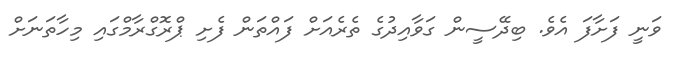
ވަނީ ފަށާފަ އެވެ. ބިދޭސީން ގަވާއިދުގެ ތެރެއަށް ފައްތަން ފެށި ޕްރޮގްރާމްގައި މިހާތަނަށް